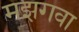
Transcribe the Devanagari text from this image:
मझगवा